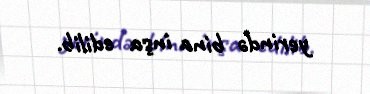
yerində bina inşa edilib.